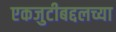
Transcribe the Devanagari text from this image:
एकजुटीबद्दलच्या